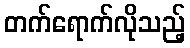
တက်ရောက်လိုသည့်